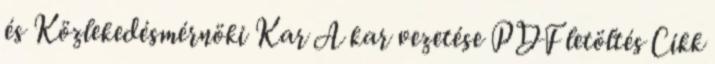
és Közlekedésmérnöki Kar A kar vezetése PDF letöltés Cikk